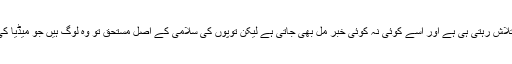
ہمارے میڈیا چینلز کو تو اپنی ریٹنگ بڑھانے کے لیے کسی خبر کی تلاش رہتی ہی ہے اور اسے کوئی نہ کوئی خبر مل بھی جاتی ہے لیکن توپوں کی سلامی کے اصل مستحق تو وہ لوگ ہیں جو میڈیا کی زینت بننے کے لیے اوٹ پٹانگ حرکتیں یا بیانات داغتے رہتے ہیں۔